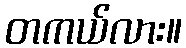
တကယ်လား။